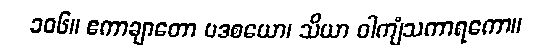
၁၀၆။ ဧကာချာတော ပဒစယော၊ သိယာ ဝါကျံသကာရကော။